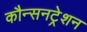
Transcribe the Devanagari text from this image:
कौन्सनट्रेशन